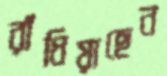
রাঁধিয়াছেন